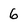
Character: 6